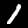
Label: 1